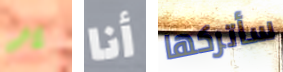
ير أنا سأتركها